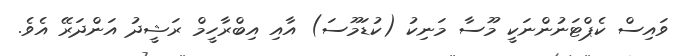
ވައިސް ކެޕްޓަނުންނަކީ މޫސާ މަނިކު (ކުޑަމޫސަ) އާއި އިބްރާހީމް ރަޝީދު އަންދަރޭ އެވެ.